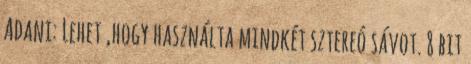
Adani: Lehet ,hogy használta mindkét sztereó sávot. 8 bit